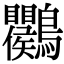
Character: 𪈱